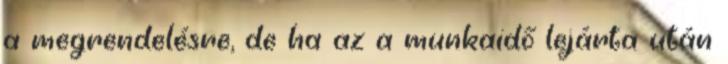
a megrendelésre, de ha az a munkaidő lejárta után